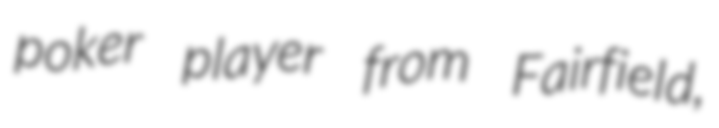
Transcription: poker player from Fairfield,